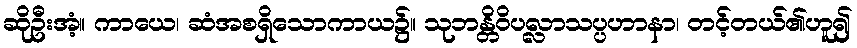
ဆိုဦးအံ့။ ကာယေ၊ ဆံအစရှိသောကာယ၌။ သုဘန္တိဝိပလ္လာသပ္ပဟာနာ၊ တင့်တယ်၏ဟူ၍